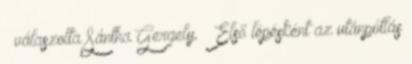
– válaszolta Sántha Gergely. – Első lépésként az utánpótlás